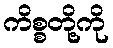
ကိစ္စတို့ကို